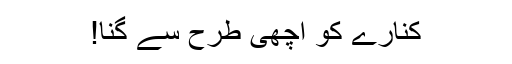
کنارے کو اچھی طرح سے گنا!